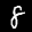
Label: 8